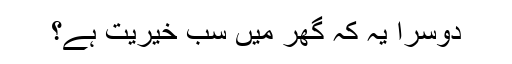
دوسرا یہ کہ گھر میں‌ سب خیریت ہے؟